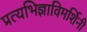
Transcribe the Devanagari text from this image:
प्रत्यभिज्ञाविमर्शिनी